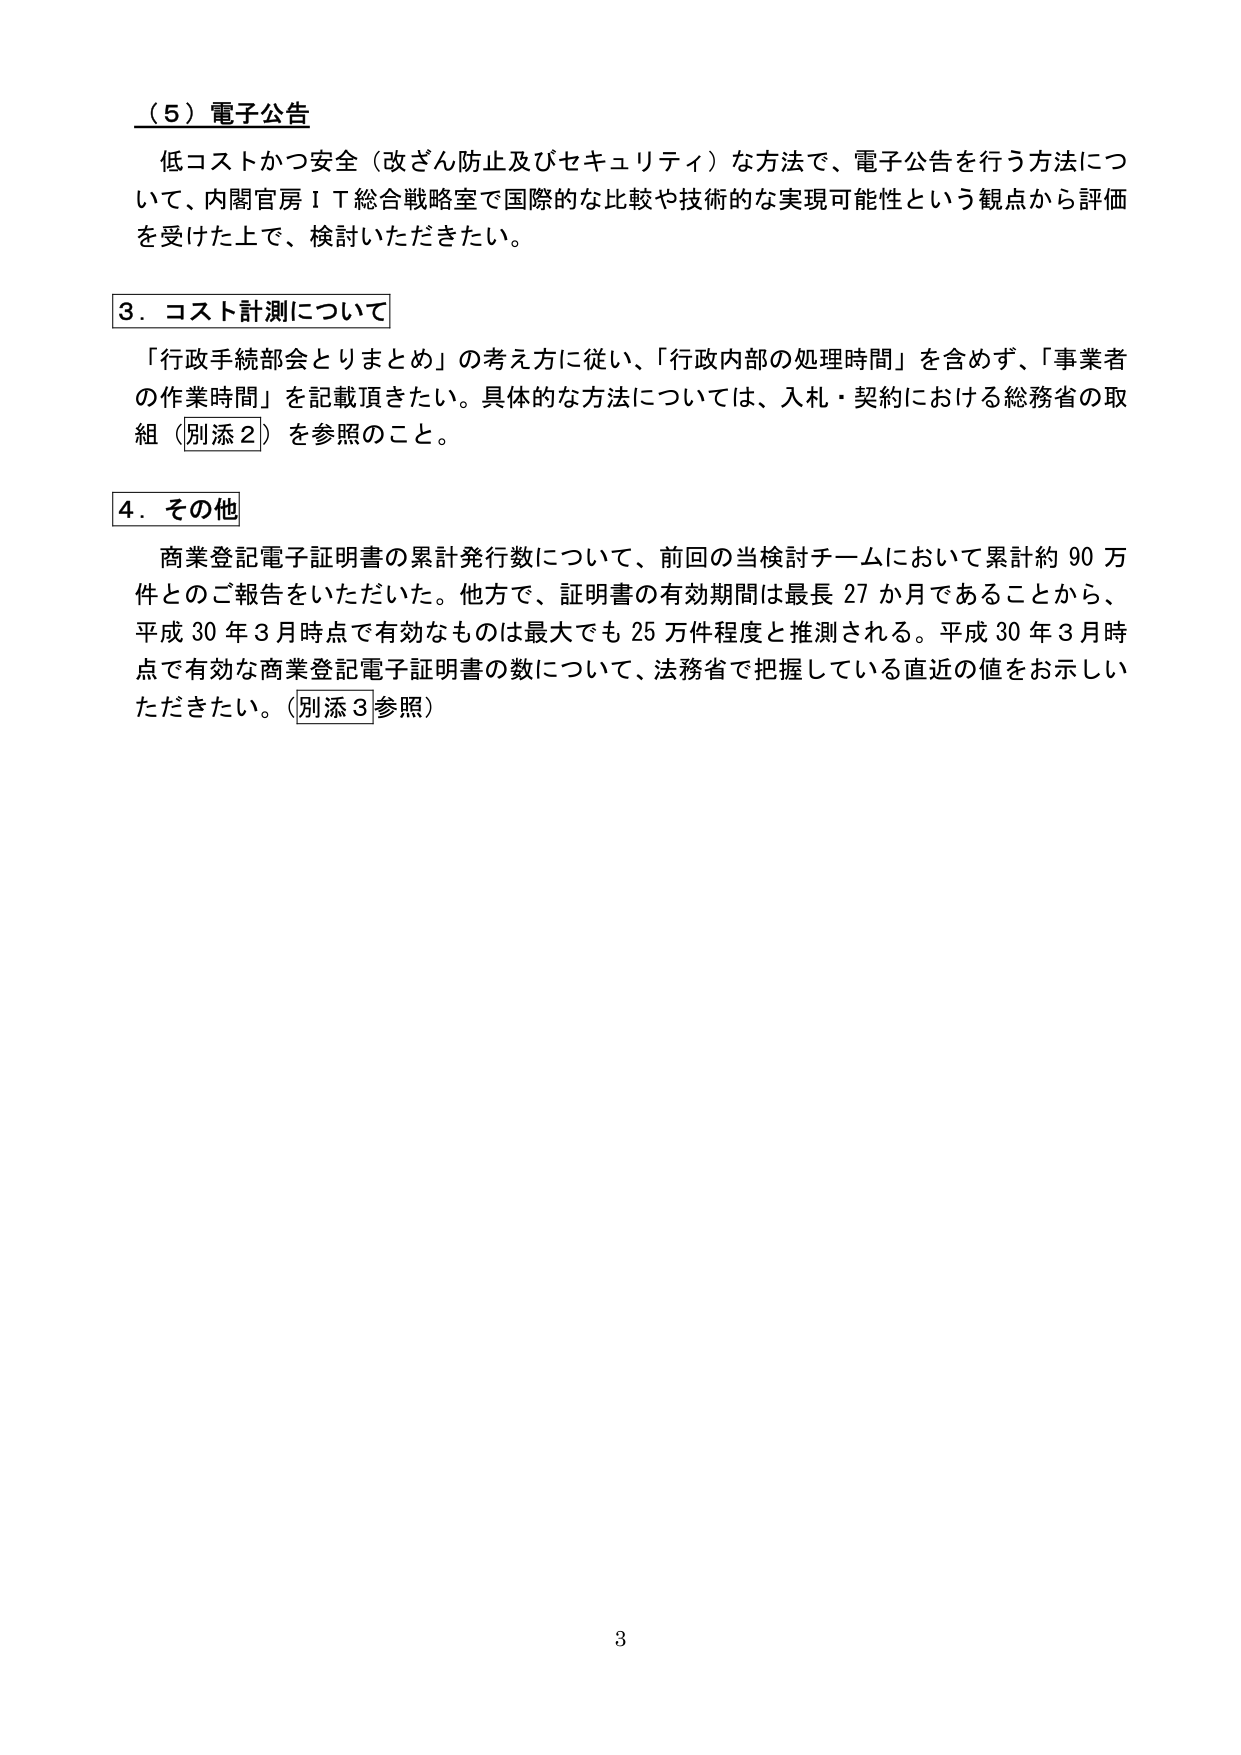
（５）電子公告
低コストかつ安全（改ざん防止及びセキュリティ）な方法で、電子公告を行う方法について、内閣官房ＩＴ総合戦略室で国際的な比較や技術的な実現可能性という観点から評価を受けた上で、検討いただきたい。

３．コスト計測について
「行政手続部会とりまとめ」の考え方につい、「行政内部の処理時間」を含めず、「事業者の作業時間」を記載頂きたい。具体的な方法については、入札・契約における総務省の取組（別添２）を参照のこと。

４．その他
商業登記電子証明書の累計発行数について、前回の当検討チームにおいて累計約９０万件とのご報告をいただいた。他方で、証明書の有効期間は最長２７か月であることから、平成３０年３月時点で有効なものは最大でも２５万件程度と推測される。平成３０年３月時点で有効な商業登記電子証明書の数について、法務省で把握している直近の値をお示しいただきたい。（別添３参照）

3